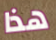
هذا